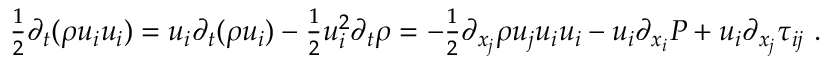
\begin{array} { r } { \frac { 1 } { 2 } \partial _ { t } ( \rho u _ { i } u _ { i } ) = u _ { i } \partial _ { t } ( \rho u _ { i } ) - \frac { 1 } { 2 } u _ { i } ^ { 2 } \partial _ { t } \rho = - \frac { 1 } { 2 } \partial _ { x _ { j } } \rho u _ { j } u _ { i } u _ { i } - u _ { i } \partial _ { x _ { i } } P + u _ { i } \partial _ { x _ { j } } \tau _ { i j } \ . } \end{array}